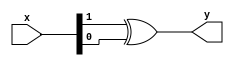
`default_nettype none

module xor_gate(
  input wire [1:0] x,
  output wire      y
);

  assign y = x[1] ^ x[0];

endmodule